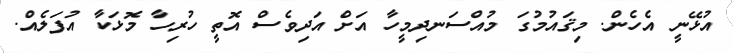
އުޅޭނީ އެހެން. މިޤައުމުގަ މުއްސަނދިމީހާ އަށް އަދިވެސް އޮތީ ހުރިހާ މޮޅަކާ އުފަލެއް.